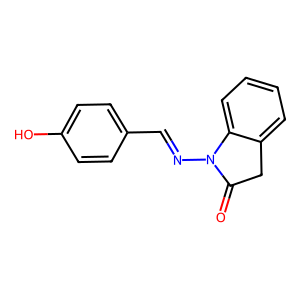
SMILES: O=C1Cc2ccccc2N1N=Cc1ccc(O)cc1
Inhibits HIV replication: No